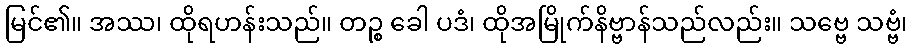
မြင်၏။ အဿ၊ ထိုရဟန်းသည်။ တဉ္စ ခေါ ပဒံ၊ ထိုအမြိုက်နိဗ္ဗာန်သည်လည်း။ သဗ္ဗေ သဗ္ဗံ၊